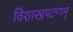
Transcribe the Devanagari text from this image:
विशाखपटणम्‌